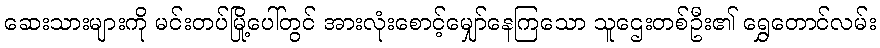
ဆေးသားများကို မင်းတပ်မြို့ပေါ်တွင် အားလုံးစောင့်မျှော်နေကြသော သူဌေးတစ်ဦး၏ ရွှေတောင်လမ်း